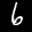
Label: 6